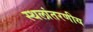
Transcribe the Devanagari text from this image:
स्थलांतरणीय